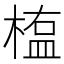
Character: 𣖻